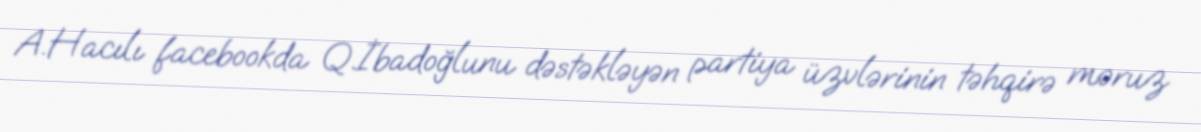
A.Hacılı facebookda Q.İbadoğlunu dəstəkləyən partiya üzvlərinin təhqirə məruz